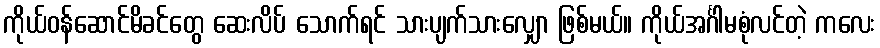
ကိုယ်ဝန်ဆောင်မိခင်တွေ ဆေးလိပ် သောက်ရင် သားပျက်သားလျှော ဖြစ်မယ်။ ကိုယ်အင်္ဂါမစုံလင်တဲ့ ကလေး